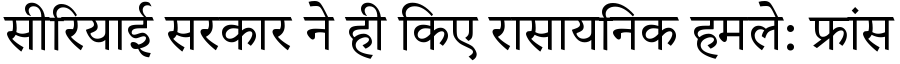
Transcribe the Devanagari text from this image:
सीरियाई सरकार ने ही किए रासायनिक हमले: फ्रांस